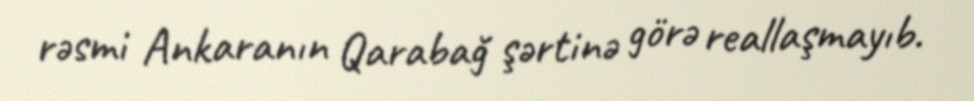
rəsmi Ankaranın Qarabağ şərtinə görə reallaşmayıb.